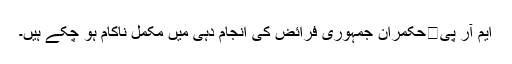
ایم آر پی	حکمران جمہوری فرائض کی انجام دہی میں مکمل ناکام ہو چکے ہیں۔